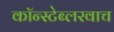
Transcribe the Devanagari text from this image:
कॉन्स्टेब्लरवाच